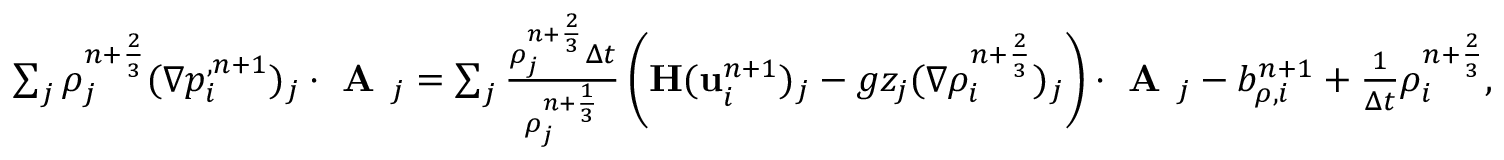
\begin{array} { r } { \sum _ { j } { \rho } _ { j } ^ { n + \frac { 2 } { 3 } } ( \nabla p _ { i } ^ { , n + 1 } ) _ { j } \cdot \textbf { A } _ { j } = \sum _ { j } \frac { { \rho } _ { j } ^ { n + \frac { 2 } { 3 } } \Delta t } { { \rho } _ { j } ^ { n + \frac { 1 } { 3 } } } \left( \mathbf { H } ( \mathbf u _ { i } ^ { n + 1 } ) _ { j } - g z _ { j } ( \nabla { \rho } _ { i } ^ { n + \frac { 2 } { 3 } } ) _ { j } \right) \cdot \textbf { A } _ { j } - b _ { \rho , i } ^ { n + 1 } + \frac { 1 } { \Delta t } { \rho } _ { i } ^ { n + \frac { 2 } { 3 } } , } \end{array}